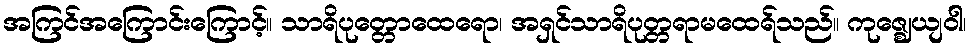
အကြင်အကြောင်းကြောင့်။ သာရိပုတ္တောထေရော၊ အရှင်သာရိပုတ္တရာမထေရ်သည်။ ကုဇ္ဈေယျဝါ၊